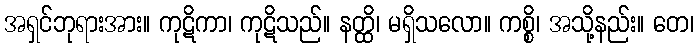
အရှင်ဘုရားအား။ ကုဋိကာ၊ ကုဋိသည်။ နတ္ထိ၊ မရှိသလော။ ကစ္စိ၊ အသို့နည်း။ တေ၊